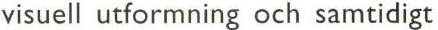
visuell utformning och samtidigt